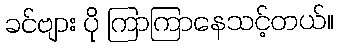
ခင်ဗျား ပို ကြာကြာနေသင့်တယ်။